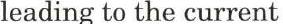
leading to the current